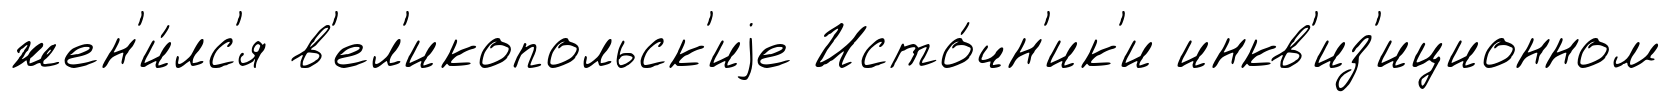
жен'и́лс'я в'ел'икопольск'иjе Исто́чн'ик'и инкв'из'иционном